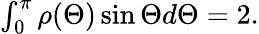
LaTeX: \begin{array}{r}{\int_{0}^{\pi}\rho(\Theta)\sin{\Theta}d\Theta=2.}\end{array}